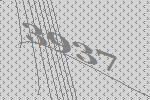
3937